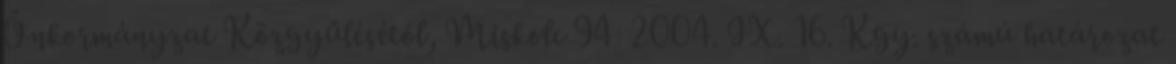
Önkormányzat Közgyűlésétől, Miskolc 94 2004. IX. 16. Kgy. számú határozat